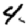
Digit: 4